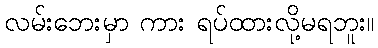
လမ်းဘေးမှာ ကား ရပ်ထားလို့မရဘူး။